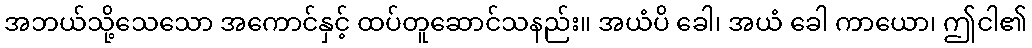
အဘယ်သို့သေသော အကောင်နှင့် ထပ်တူဆောင်သနည်း။ အယံပိ ခေါ၊ အယံ ခေါ ကာယော၊ ဤငါ၏